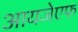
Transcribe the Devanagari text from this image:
आयजेएफ